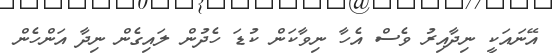
އޭނައަކީ ނިދާއިރު ވެސް އެހާ ނިވާކަން ކުޑަ ހެދުން ލައިގެން ނިދާ އަންހެން